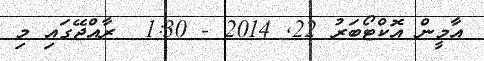
އާމީން އޮކްޓޯބަރު 22